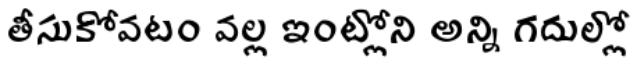
తీసుకోవటం వల్ల ఇంట్లోని అన్ని గదుల్లో